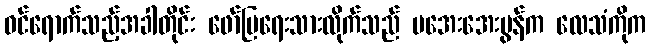
ဝင်ရောက်သည့်အခါတိုင်း ဖော်ပြရေးသားလိုက်သည် မအေးအေးမွန်က လေသံကိုက